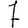
Digit: 7